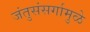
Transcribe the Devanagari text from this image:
जंतुसंसर्गामुळे